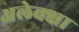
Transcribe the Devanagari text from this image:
अलेक्क्षा